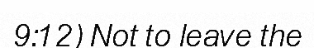
9:12) Not to leave the